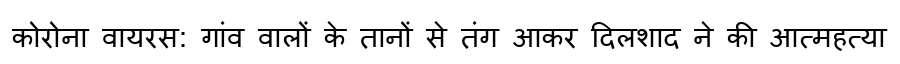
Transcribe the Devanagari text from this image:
कोरोना वायरस: गांव वालों के तानों से तंग आकर दिलशाद ने की आत्महत्या